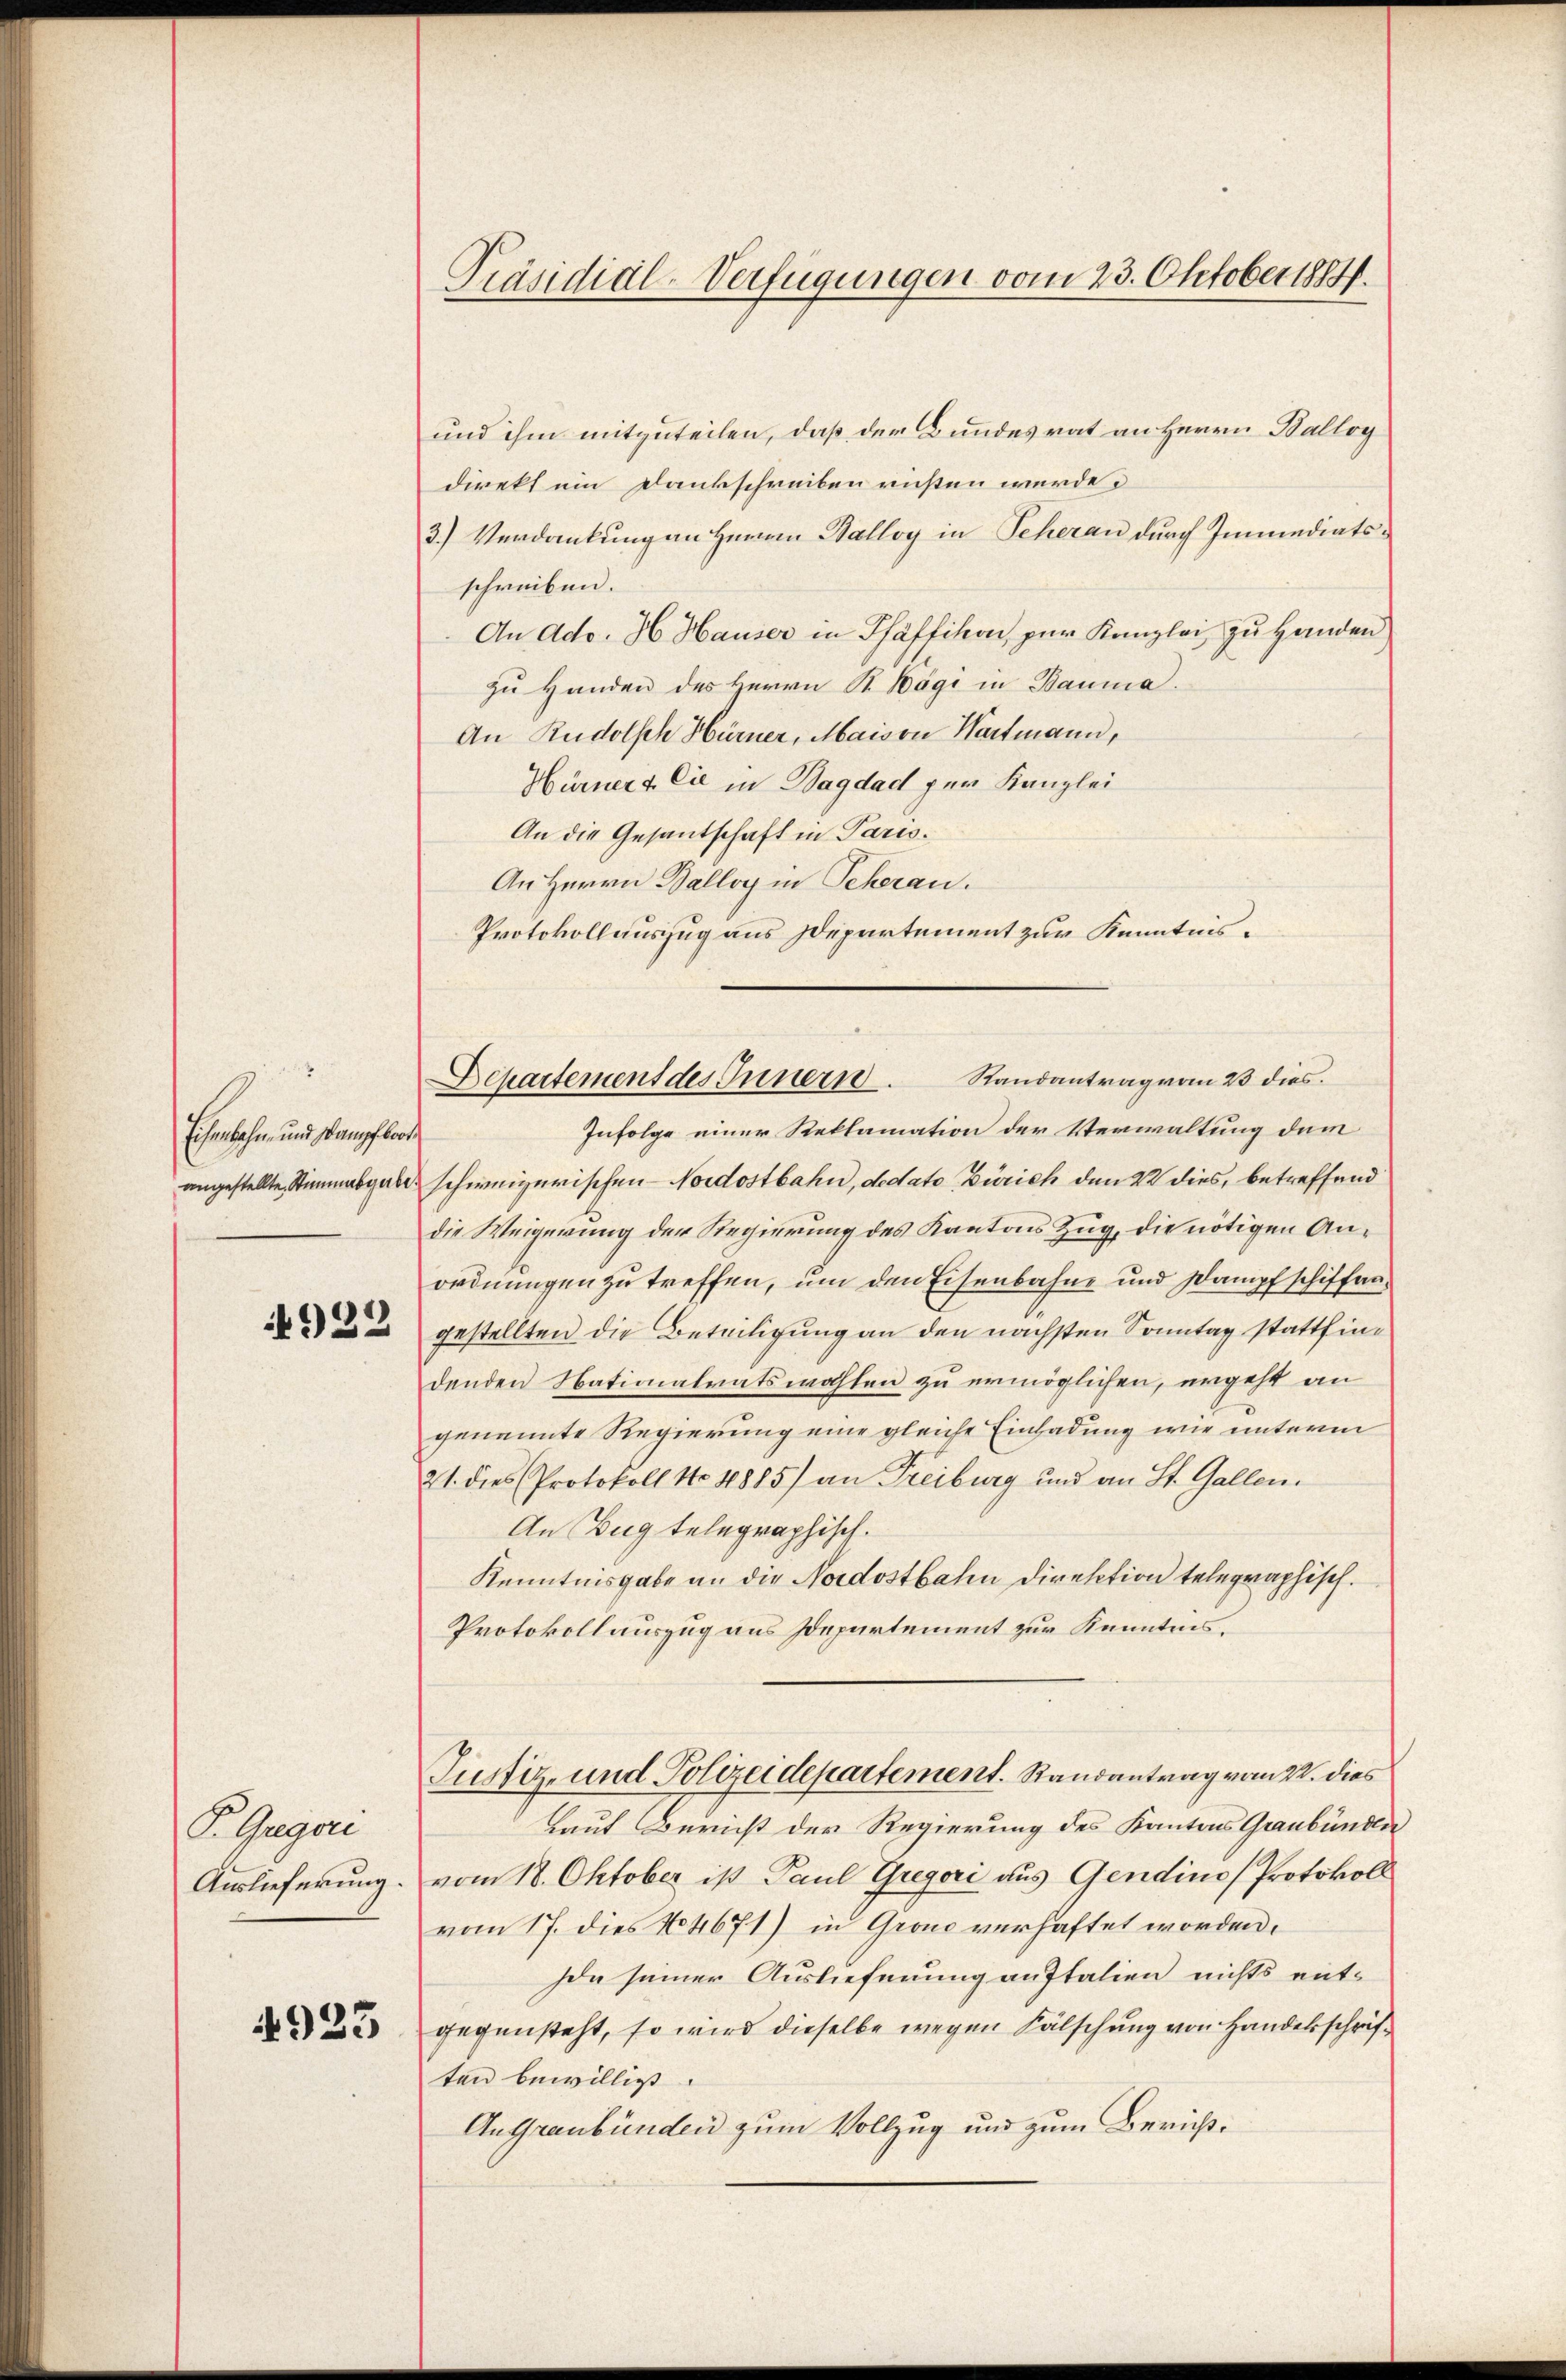
Eisenbahn- und Stampfbode
angestellte Stimmabgabe

4922

P. Gugen
Auslieferung.

4923

Präsidial-Verfügungen vom 23. Oktober 1881.

und ihm mitzuteilen, daß der Bundesrat an Herrn Balloy
direkt ein Dankschreiben richten werde.
3.) Verdankung an Herrn Halloy in Scherau durch Immediatsschreiben.
An Ado. H. Hauser in Pfäffikon, zur Kanzlei zu Handen,
zu Handen des Herrn R. Kägi in Bauma.
An Rudolsch Hürner, Maiori Wartmann,
Hürner & Cie in Bagdad per Kanzlei
An die Gesantschaft in Paris.
An Herrn Balloy in Scheran.
Protokollauszug aus Departement zur Kenntnis¬

Infolge einer Reklamation der Verwaltung dem
schweizerischen Nordostbahn, dedato Zürich den 22 dies, betreffend
die Weigerung der Regierung des Kantons Zug, die nötigen Anordnungen zu treffen, um den Eisenbahne und Dampfschiffangestellten die Beteiligung an den nächsten Sonntag stattfindenden Nationalratswahlen zu ermöglichen, ergeht an
genannte Regierung eine gleiche Einladung wie unterm
21. dies Protokoll No 4885) an Freiburg und an St. Gallen.
An Zug telegraphisch.
Kenntnisgabe an die Nordostbahn Direktion telegraphisch.
Protokollauszug aus Departement zur Kenntnis,
Justiz- und Polizeidepartement. Randantrag vom 22. dies
Laut Bericht der Regierung des Kantons Graubünden
vom 18. Oktober ist Paul Gregori aus Gendino Protokoll
vom 17. dies No 4671) in Grond verhaftet worden.
Ion seiner Auslieferung anstalien nichts entgegensteht, so wird dieselbe wegen Fälschung von Handelsschriften bewilligt.
AnGraubünden zum Vollzug und zum Bericht¬

Schartemens des Innern Randantrag vom 23 dies